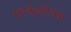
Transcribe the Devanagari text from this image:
माजेइरित्सा